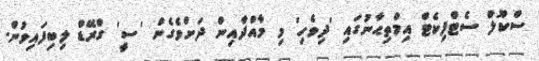
ސްކޫލް ސެޓްފިކެޓް އިމްތިޙާނުގައި 'ދިވެހި' މި މާއްދާއިން ދަށްވެގެން 'ސީ' ގްރޭޑް ލިބިފައިވުން.